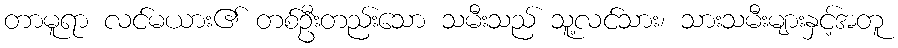
တာမူရာ လင်မယား၏ တစ်ဦးတည်းသော သမီးသည် သူ့လင်သား၊ သားသမီးများနှင့်အတူ